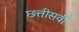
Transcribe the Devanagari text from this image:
छत्तीसवीं